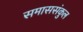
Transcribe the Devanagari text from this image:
समाससंकुल